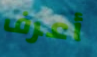
أعرف